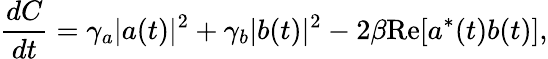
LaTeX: \frac{dC}{dt}=\gamma_{a}|a(t)|^{2}+\gamma_{b}|b(t)|^{2}-2\beta\mathrm{Re}[a^{*}(t)b(t)],